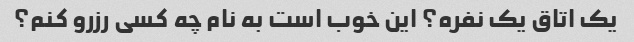
یک اتاق یک نفره؟ این خوب است به نام چه کسی رزرو کنم؟